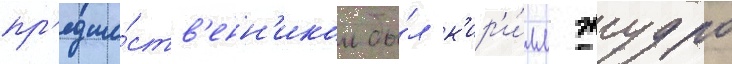
пр'едше́ств'енн'иком бы́л к'ир'и́лл жудро